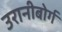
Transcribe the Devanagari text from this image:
उरानीबोर्ग